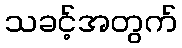
သခင့်အတွက်